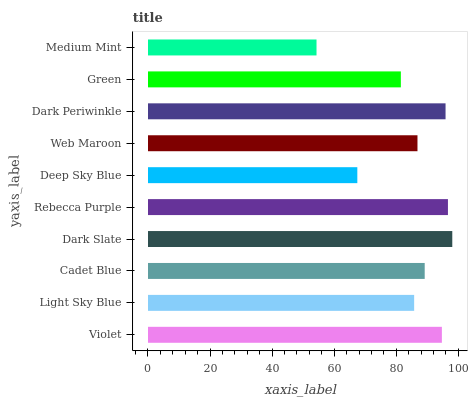
| yaxis_label | bars |
 | --- | --- |
 | Violet | 94.7 |
 | Light Sky Blue | 85.8 |
 | Cadet Blue | 89.2 |
 | Dark Slate | 98.1 |
 | Rebecca Purple | 96.7 |
 | Deep Sky Blue | 67.5 |
 | Web Maroon | 86.8 |
 | Dark Periwinkle | 95.9 |
 | Green | 81.5 |
 | Medium Mint | 54.3 |